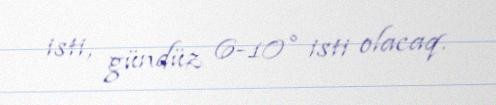
isti, gündüz 6-10° isti olacaq.